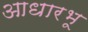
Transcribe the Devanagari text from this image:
आधारभू